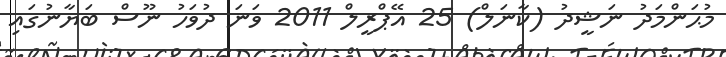
މުޙަންމަދު ނަޝީދު (ކާނަލް) 25 އޭޕްރީލް 2011 ވަނަ ދުވަހު ނޫސް ބަޔާނުގައި